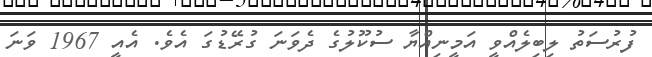
ފުރުސަތު ލިބިލެއްވީ އަމީނިއްޔާ ސުކޫލުގެ ދެވަނަ ގުރޭޑުގަ އެވެ. އެއީ 1967 ވަނަ